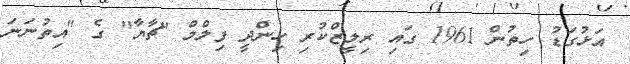
އަޅުގަޑު ހިތުން 1961 ގައި ރިލީޒްކުރި ހިންދީ ފިލްމް "ޗާޔާ" ގެ "އިތުނަނަ